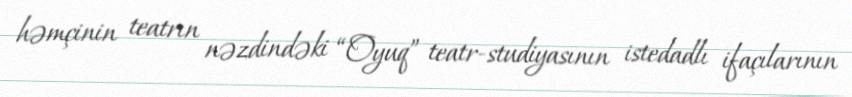
həmçinin teatrın nəzdindəki “Oyuq” teatr-studiyasının istedadlı ifaçılarının